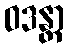
ဝဒန္တာ